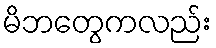
မိဘတွေကလည်း